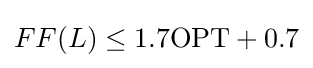
FF(L)\leq 1.7\mathrm {OPT} +0.7